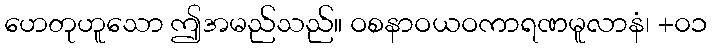
ဟေတုဟူသော ဤအမည်သည်။ ဝစနာဝယဝကာရဏမူလာနံ၊ +၀၁